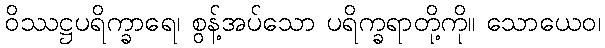
ဝိဿဋ္ဌပရိက္ခာရေ၊ စွန့်အပ်သော ပရိက္ခရာတို့ကို။ သောယေဝ၊